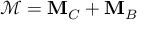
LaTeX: { \mathcal { M } } = \mathbf { M } _ { C } + \mathbf { M } _ { B }